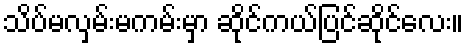
သိပ်မလှမ်းမကမ်းမှာ ဆိုင်ကယ်ပြင်ဆိုင်လေး။